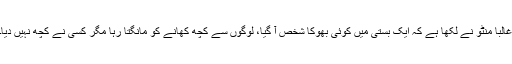
غالبا منٹو نے لکھا ہے کہ ایک بستی میں کوئی بھوکا شخص آ گیا، لوگوں سے کچھ کھانے کو مانگتا رہا مگر کسی نے کچھ نہیں دیا۔